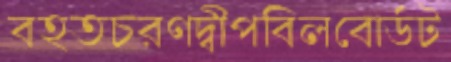
বহতচরণদ্বীপবিলবোর্ডট